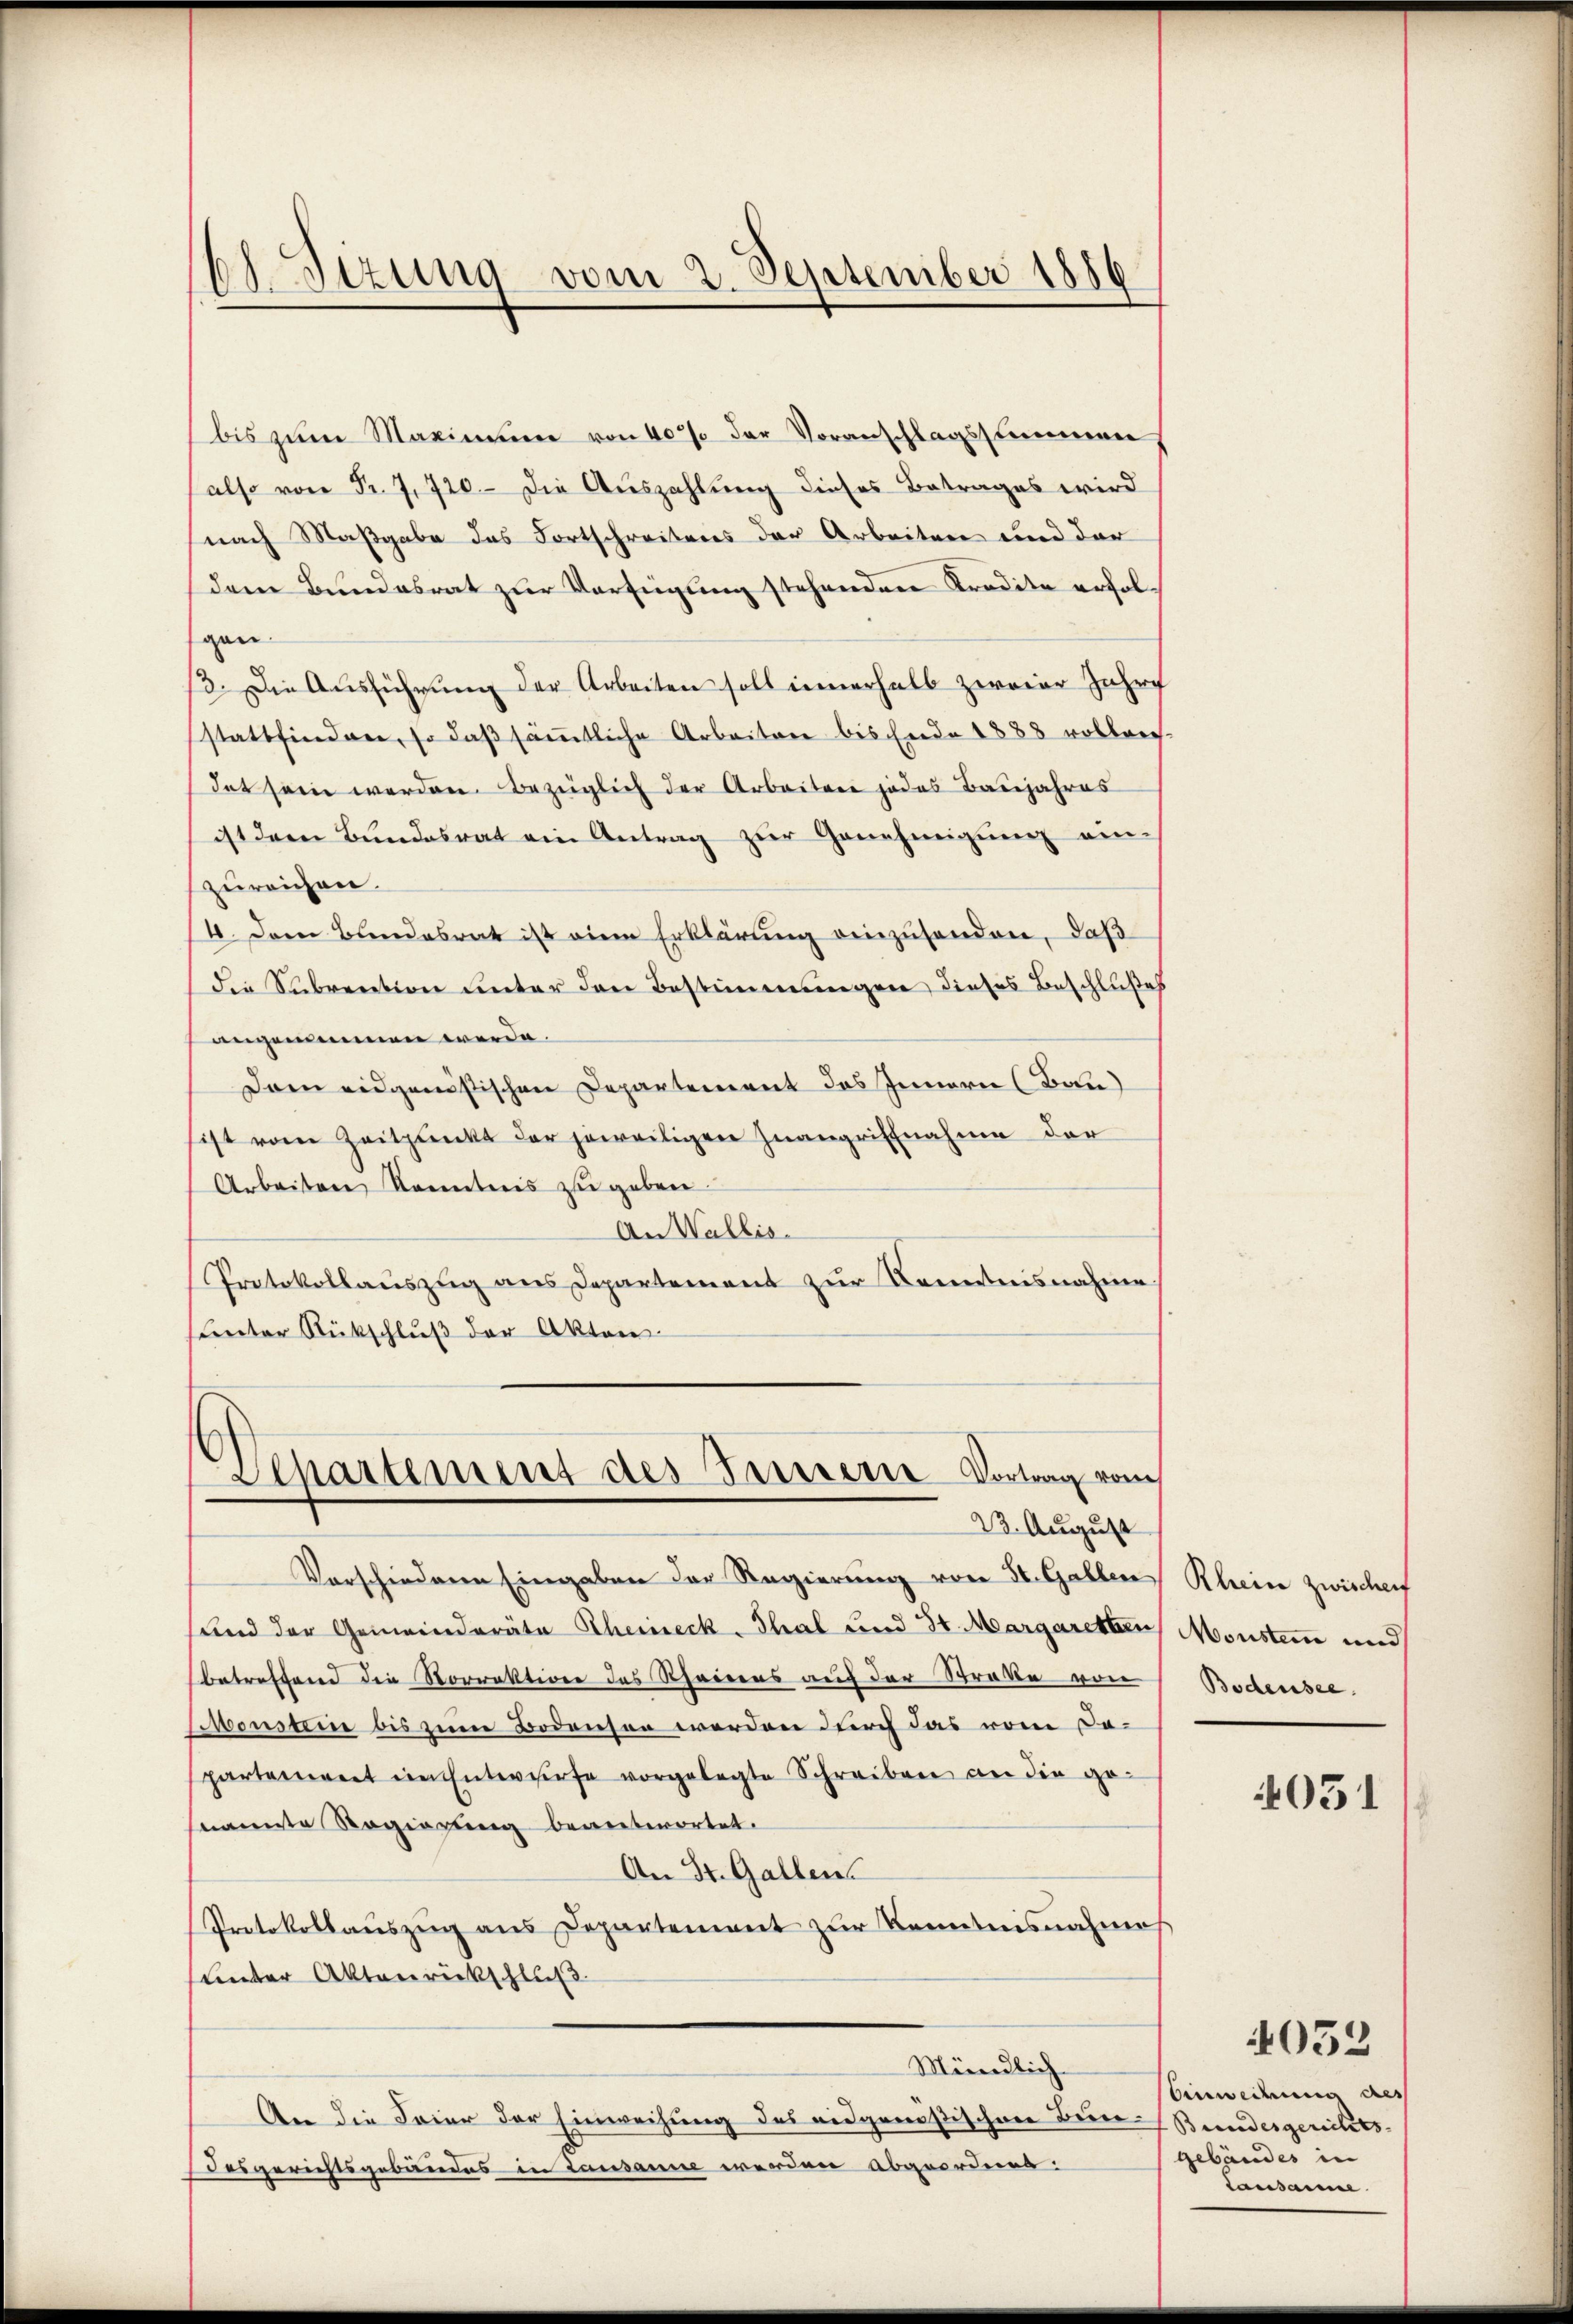
ASizung vom 2. September 1886

bis zum Maximum von 40% der Voranschlagsstimmen
also von Fr. 7, 720. Die Auszahlung dieses Betrages wird
(nach Maßgabe des Fortschreitens der Arbeiten und der
dem Bundesrat zur Verfügung stehenden Kredite erfolgan
13. Die Ausführung der Arbeiten soll innerhalb zweier Jahre
stattfinden, so daß sämtliche Arbeiten bischende 1888 vollrech-
dat sein werden. Bezüglich der Arbeiter jedes Baujahres
ist dem Bundesrat ein Antrag zur Genehmigung ein-
zureichen.
4. Dem Bundesrat ist eine Erklärung einzusenden, daß
die Subvention unter den Bestimmungen dieses Beschlußes
angenommen werde.
Dann eidgenößischen Departement des Innern (Bau
ist vom Zeitpunkt der jeweiligen Inangriffnahme der
Arbeiten Kenntnis zŭ geben.
An Wallis.
Protokollauszug aus Departement zur Kenntnisnahme.
Certor Rückschluß der Akten

Departement des Preiserie Vortrag vom
23. August

Vorschiederen Eingaben der Regierung von St. Gallen,
und der Gemeinderäte Theineck-Thal und 30. Margaretten
betreffend die Sorrektion des Rheines auf der Straße von
Preussi bis zum Bodensen werden durch das vom Departement ein Entwurfe vorgelegte Schreiben an die genannte Regierung beantwortet.
An St. Gallen
Protokollaŭszŭg ans Departement zur Kenntnisnahmes
unter Aktenrückschluß
Mündlich
An die Feier der Einweisung des eidgenößischen Bun- Beendesgerichtsdesgerichtsgebäudes in Lausanne werden Abgeordnet:

Rhein zwischen
Moustern und
Bodensee.

4051

Einweisung des
gebäudes in
Lausamme

4052